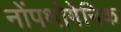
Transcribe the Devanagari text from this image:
नोंपथोगेनिक